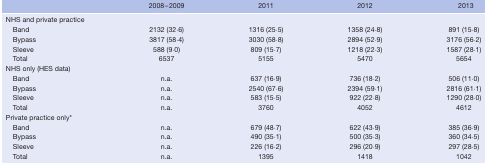
<table><thead><tr><td></td><td><b>2008–2009</b></td><td><b>2011</b></td><td><b>2012</b></td><td><b>2013</b></td></tr></thead><tbody><tr><td>NHS and private practice</td><td></td><td></td><td></td><td></td></tr><tr><td>Band</td><td>2132 (32·6)</td><td>1316 (25·5)</td><td>1358 (24·8)</td><td>891 (15·8)</td></tr><tr><td>Bypass</td><td>3817 (58·4)</td><td>3030 (58·8)</td><td>2894 (52·9)</td><td>3176 (56·2)</td></tr><tr><td>Sleeve</td><td>588 (9·0)</td><td>809 (15·7)</td><td>1218 (22·3)</td><td>1587 (28·1)</td></tr><tr><td>Total</td><td>6537</td><td>5155</td><td>5470</td><td>5654</td></tr><tr><td>NHS only (HES data)</td><td></td><td></td><td></td><td></td></tr><tr><td>Band</td><td>n.a.</td><td>637 (16·9)</td><td>736 (18·2)</td><td>506 (11·0)</td></tr><tr><td>Bypass</td><td>n.a.</td><td>2540 (67·6)</td><td>2394 (59·1)</td><td>2816 (61·1)</td></tr><tr><td>Sleeve</td><td>n.a.</td><td>583 (15·5)</td><td>922 (22·8)</td><td>1290 (28·0)</td></tr><tr><td>Total</td><td>n.a.</td><td>3760</td><td>4052</td><td>4612</td></tr><tr><td>Private practice only*</td><td></td><td></td><td></td><td></td></tr><tr><td>Band</td><td>n.a.</td><td>679 (48·7)</td><td>622 (43·9)</td><td>385 (36·9)</td></tr><tr><td>Bypass</td><td>n.a.</td><td>490 (35·1)</td><td>500 (35·3)</td><td>360 (34·5)</td></tr><tr><td>Sleeve</td><td>n.a.</td><td>226 (16·2)</td><td>296 (20·9)</td><td>297 (28·5)</td></tr><tr><td>Total</td><td>n.a.</td><td>1395</td><td>1418</td><td>1042</td></tr></tbody></table>